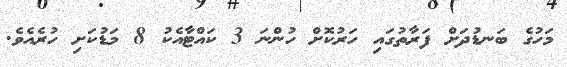
މަހުގެ ބަނޑުދަށް ފަރާތުގައި ހަރުކޮށް ހުންނަ 3 ކައްޓާއެކު 8 މަޑުކަށި ހުރެއެވެ.